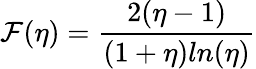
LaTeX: \mathcal{F}(\eta)=\frac{{2(\eta-1)}}{{(1+\eta)ln(\eta)}}